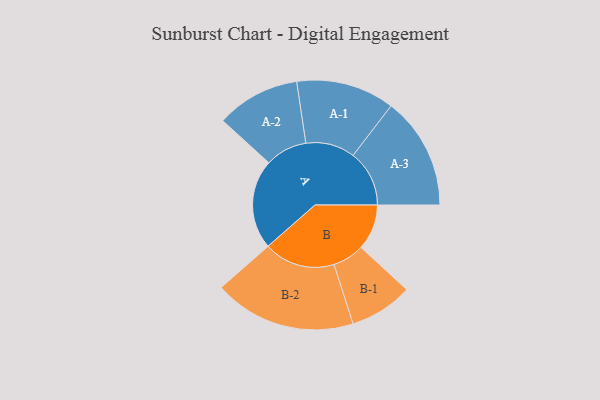
{"axis": {"x": "Segment", "y": "Value"}, "legend": ["", "A", "B"], "data": [{"x": "A", "y": 306, "type": ""}, {"x": "B", "y": 156, "type": ""}, {"x": "A-1", "y": 168, "type": "A"}, {"x": "A-2", "y": 143, "type": "A"}, {"x": "A-3", "y": 192, "type": "A"}, {"x": "B-1", "y": 108, "type": "B"}, {"x": "B-2", "y": 243, "type": "B"}]}